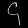
Digit: ၄